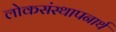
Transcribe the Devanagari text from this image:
लोकसंस्थापनार्थ